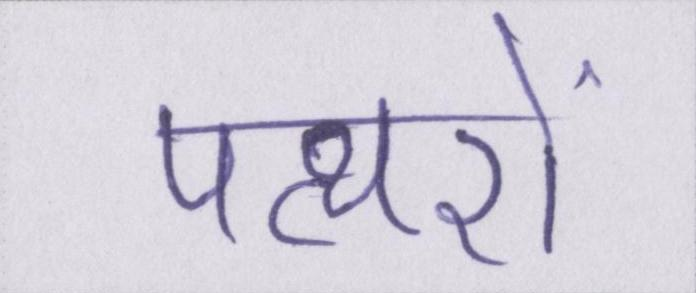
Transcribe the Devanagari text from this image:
पत्थरों